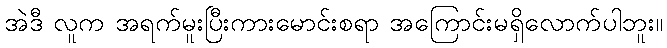
အဲဒီ လူက အရက်မူးပြီးကားမောင်းစရာ အကြောင်းမရှိလောက်ပါဘူး။